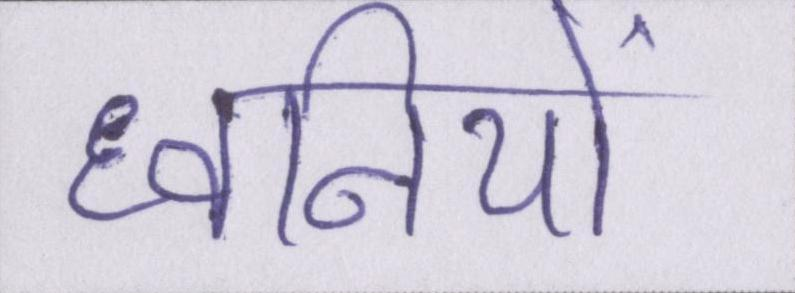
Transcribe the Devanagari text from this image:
ध्वनियों